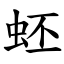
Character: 蚽